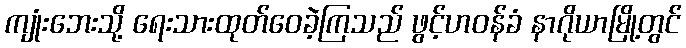
ကျုံးဘေးသို့ ရေးသားထုတ်ဝေခဲ့ကြသည် ဖွင့်ဟဝန်ခံ နာဂိုယာမြို့တွင်